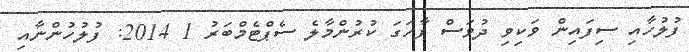
ފުލުހާއި ސިފައިން ވަކިވި ދުވަސް ފާހަގަ ކުރުންމާލެ ސެޕްޓެމްބަރު 1 2014: ފުލުހުންނާއި